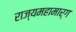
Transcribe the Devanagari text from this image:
राज्यमहामार्ग